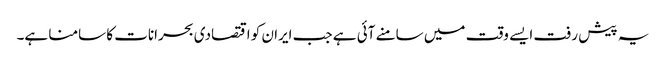
یہ پیش رفت ایسے وقت میں سامنے آئی ہے جب ایران کو اقتصادی بحرانات کا سامنا ہے۔